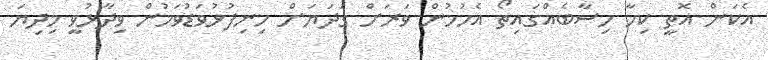
އެކަން އޮތީ ކިހާ ހިސާބެއްގައިތޯ އެހުމުން ވަރަށް ގަދަޔަށް ހިނިފުޅުވަޑުވަމުން ވިދާޅުވީ މިދިޔަ